Leprosy in India: report of the Leprosy Commission in India, 1890-91
Year: 1890
Disease focus: Leprosy
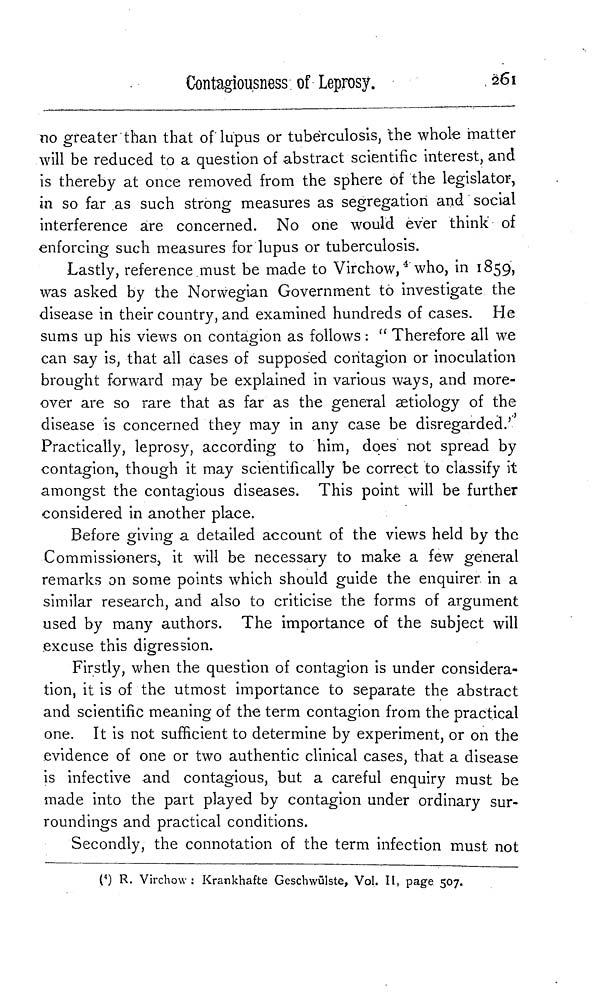
Contagiousness of Leprosy.
261
no greater than that of lupus or tuberculosis, the whole matter
will be reduced to a question of abstract scientific interest, and
is thereby at once removed from the sphere of the legislator,
in so far as such strong measures as segregation and social
interference are concerned. No one would ever think of
enforcing such measures for lupus or tuberculosis.
Lastly, reference must be made to Virchow, 4 who, in 1859,
was asked by the Norwegian Government to investigate the
disease in their country, and examined hundreds of cases. He
sums up his views on contagion as follows : " Therefore all we
can say is, that all cases of supposed contagion or inoculation
brought forward may be explained in various ways, and more-
over are so rare that as far as the general aetiology of the
disease is concerned they may in any case be disregarded.'
Practically, leprosy, according to him, does not spread by
contagion, though it may scientifically be correct to classify it
amongst the contagious diseases. This point will be further
considered in another place.
Before giving a detailed account of the views held by the
Commissioners, it will be necessary to make a few general
remarks on some points which should guide the enquirer in a
similar research, and also to criticise the forms of argument
used by many authors. The importance of the subject will
excuse this digression.
Firstly, when the question of contagion is under considera-
tion, it is of the utmost importance to separate the abstract
and scientific meaning of the term contagion from the practical
one. It is not sufficient to determine by experiment, or on the
evidence of one or two authentic clinical cases, that a disease
is infective and contagious, but a careful enquiry must be
made into the part played by contagion under ordinary sur-
roundings and practical conditions.
Secondly, the connotation of the term infection must not
( 4 ) R. Virchow: Krankhafte Geschwülste, Vol. II, page 507.